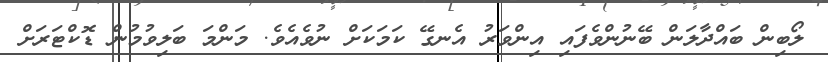
ލޯބިން ބައްދާލަން ބޭނުންވެފައި އިންވަރު އެނގޭ ކަމަކަށް ނުވެއެވެ. މަންމަ ބަލިވުމުން ޑޮކްޓަރަށް